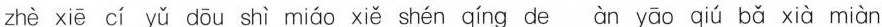
zhè xiē cí yǔ dōu shì mìáo xiě shén qíng de àn yāo qiú bǎ xià miàn